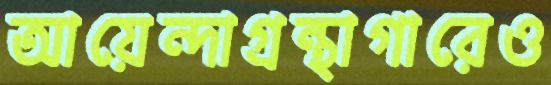
আয়েন্দাগ্রন্থাগারেও